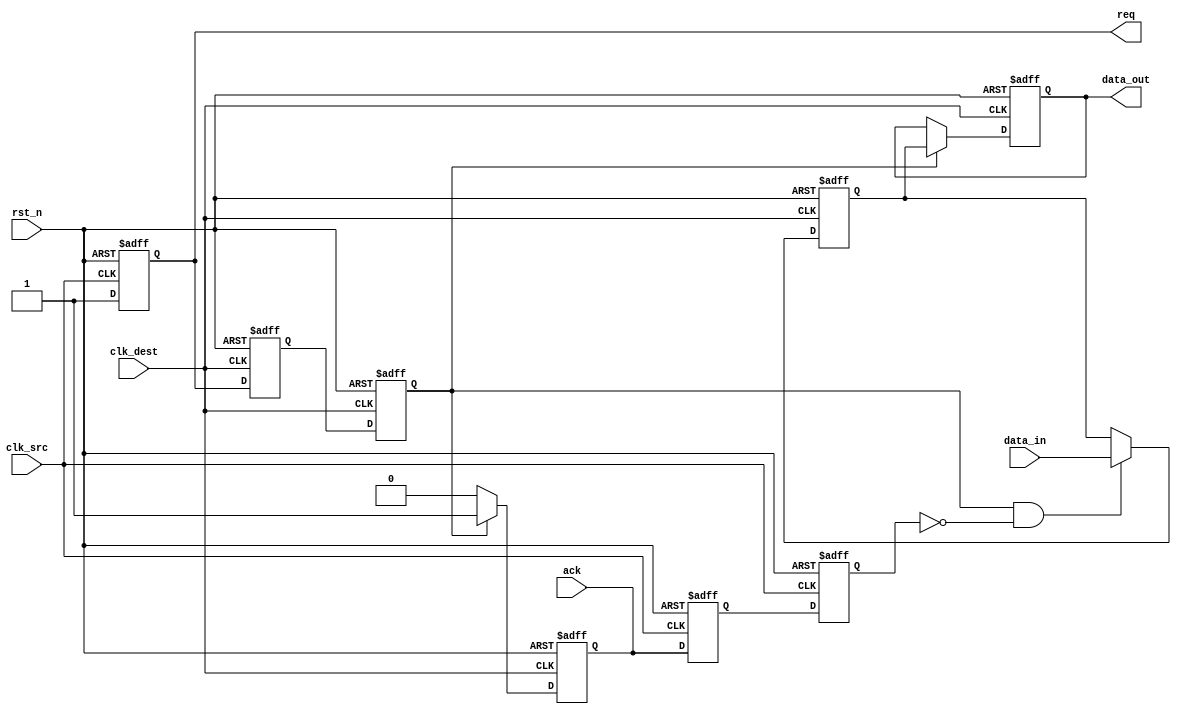
module handshake_synchronizer (
    input wire clk_src,           // Source clock
    input wire clk_dest,          // Destination clock
    input wire rst_n,             // Asynchronous reset (active low)
    input wire [7:0] data_in,     // Data input from source
    output reg [7:0] data_out,    // Data output to destination
    output reg req,               // Request signal from source
    input wire ack                // Acknowledgment signal from destination
);

    // Internal signals
    reg [7:0] data_reg;           // Register to hold data in the destination domain
    reg req_sync_1, req_sync_2;  // Synchronization registers for req signal
    reg ack_sync_1, ack_sync_2;   // Synchronization registers for ack signal

    // Generate req signal based on data availability
    always @(posedge clk_src or negedge rst_n) begin
        if (!rst_n) begin
            req <= 1'b0;
        end else begin
            req <= 1'b1; // Assert req when data is available (simple example)
        end
    end

    // Synchronize req signal to the destination clock domain
    always @(posedge clk_dest or negedge rst_n) begin
        if (!rst_n) begin
            req_sync_1 <= 1'b0;
            req_sync_2 <= 1'b0;
        end else begin
            req_sync_1 <= req;
            req_sync_2 <= req_sync_1;
        end
    end

    // Data transfer logic in the destination clock domain
    always @(posedge clk_dest or negedge rst_n) begin
        if (!rst_n) begin
            data_out <= 8'b0;
        end else if (req_sync_2) begin
            data_out <= data_reg; // Output the data if req is asserted
        end
    end

    // Synchronize ack signal to the source clock domain
    always @(posedge clk_src or negedge rst_n) begin
        if (!rst_n) begin
            ack_sync_1 <= 1'b0;
            ack_sync_2 <= 1'b0;
        end else begin
            ack_sync_1 <= ack;
            ack_sync_2 <= ack_sync_1;
        end
    end

    // Acknowledge logic in the destination clock domain
    always @(posedge clk_dest or negedge rst_n) begin
        if (!rst_n) begin
            data_reg <= 8'b0;
        end else if (req_sync_2 && !ack_sync_2) begin
            data_reg <= data_in; // Capture data from source when req is asserted
        end
    end

    // Generate ack signal in the destination clock domain
    always @(posedge clk_dest or negedge rst_n) begin
        if (!rst_n) begin
            ack <= 1'b0;
        end else if (req_sync_2) begin
            ack <= 1'b1; // Assert ack when data is received
        end else begin
            ack <= 1'b0; // Deassert ack when not receiving
        end
    end

endmodule